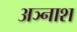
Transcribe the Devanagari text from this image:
अञ्नाश